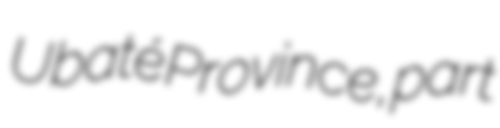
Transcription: Ubaté Province, part